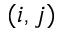
( i , j )